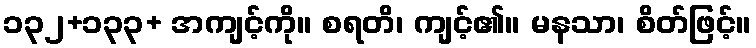
၁၃၂+၁၃၃+ အကျင့်ကို။ စရတိ၊ ကျင့်၏။ မနသာ၊ စိတ်ဖြင့်။